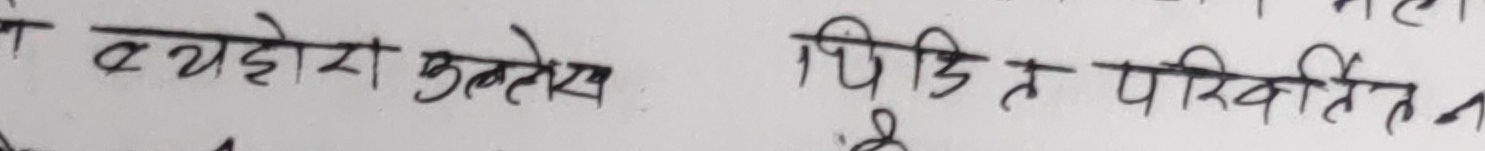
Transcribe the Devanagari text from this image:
व येहोरा अन्तोस पिडित परिवर्तित न